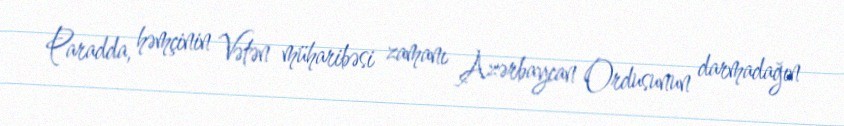
Paradda, həmçinin Vətən müharibəsi zamanı Azərbaycan Ordusunun darmadağın